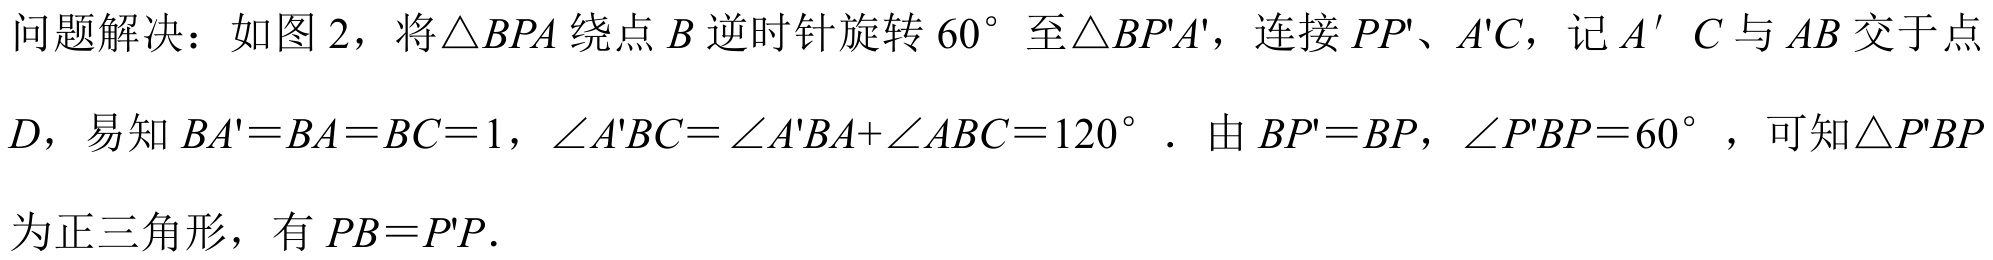
问题解决：如图 2，将\(\triangle BPA\)绕点\(B\)逆时针旋转\(60^{\circ}\)至\(\triangle BP'A'\)，连接\(PP'\)、\(A'C\)，记\(A^{\prime}C\)与\(AB\)交于点\(D\)，易知\(BA' = BA = BC = 1\)，\(\angle A'BC=\angle A'BA+\angle ABC = 120^{\circ}\)．由\(BP' = BP\)，\(\angle P'BP = 60^{\circ}\)，可知\(\triangle P'BP\)为正三角形，有\(PB = P'P\).